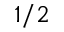
1 / 2